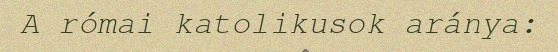
A római katolikusok aránya: